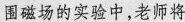
围磁场的实验中，老师将